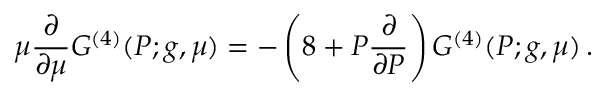
\mu \frac { \partial } { \partial \mu } G ^ { ( 4 ) } ( P ; g , \mu ) = - \left( 8 + P \frac { \partial } { \partial P } \right) G ^ { ( 4 ) } ( P ; g , \mu ) \, .